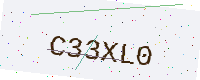
Text: C33XL0